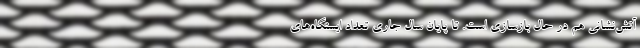
آتش‌نشانی هم در حال بازسازی است. تا پایان سال جاری تعداد ایستگاه‌های